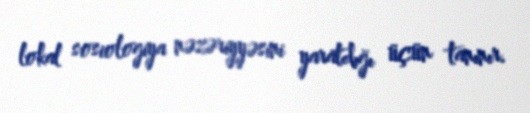
lokal sosiologiya nəzəriyyəsini yaratdığı üçün tanınır.